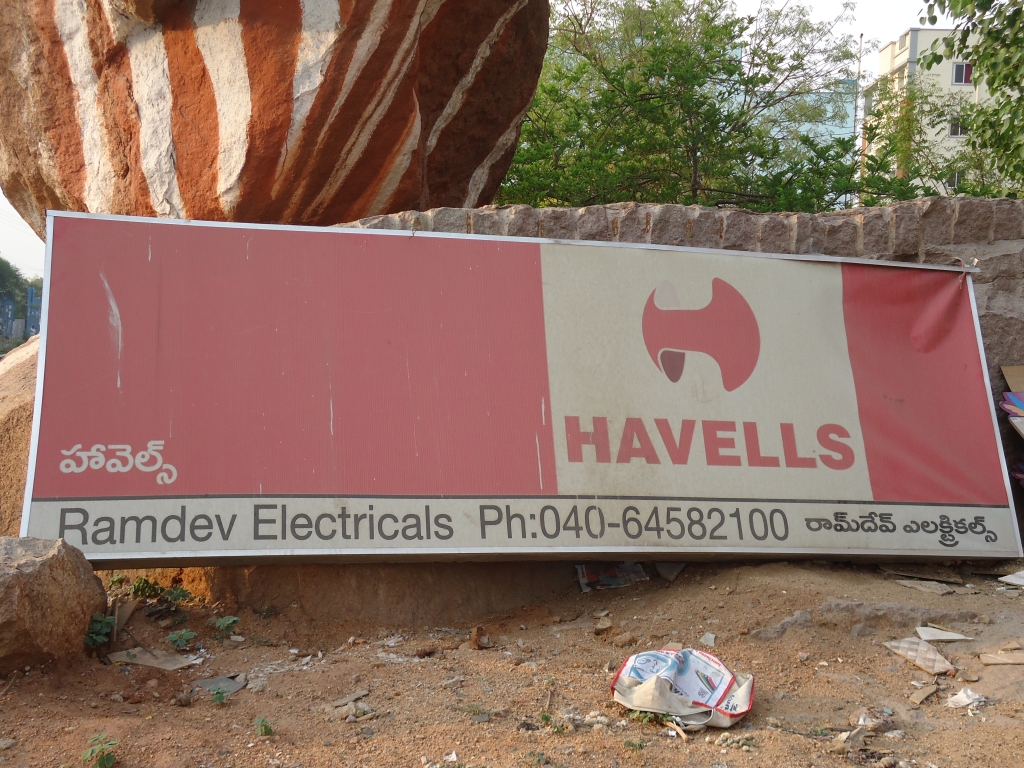
Language: telugu
Transcription: ఎలక్ట్రికల్స్ హావెల్స్